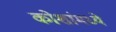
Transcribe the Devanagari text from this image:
कोशांमध्ये